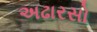
અઢારસો